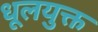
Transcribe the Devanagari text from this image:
धूलयुक्त